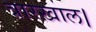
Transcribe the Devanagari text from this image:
त्रारख़ाल।